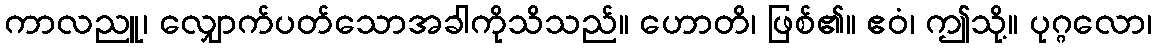
ကာလညူ၊ လျှောက်ပတ်သောအခါကိုသိသည်။ ဟောတိ၊ ဖြစ်၏။ ဧဝံ၊ ဤသို့။ ပုဂ္ဂလော၊